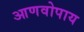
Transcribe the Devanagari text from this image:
आणवोपाय